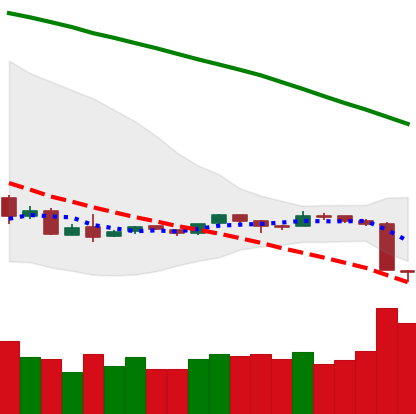
Ticker: ETH-USD
Chart end date: 2018-09-06
Forward return: -19.612%
Label: down_7plus